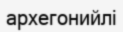
архегонийлі